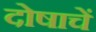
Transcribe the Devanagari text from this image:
दोषाचें